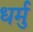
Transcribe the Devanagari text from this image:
धर्मु